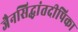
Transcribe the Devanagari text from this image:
जैनसिद्धांतदीपिका